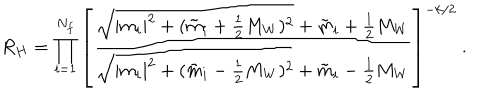
LaTeX: R _ { H } = \prod _ { i = 1 } ^ { N _ { f } } \left[ \frac { \sqrt { | m _ { i } | ^ { 2 } + ( { \tilde { m } } _ { i } + \frac { 1 } { 2 } M _ { W } ) ^ { 2 } } + { \tilde { m } } _ { i } + \frac { 1 } { 2 } M _ { W } } { \sqrt { | m _ { i } | ^ { 2 } + ( { \tilde { m } } _ { i } - \frac { 1 } { 2 } M _ { W } ) ^ { 2 } } + { \tilde { m } } _ { i } - \frac { 1 } { 2 } M _ { W } } \right] ^ { - k / 2 } \ .